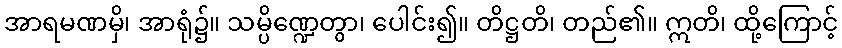
အာရမဏမှိ၊ အာရုံ၌။ သမ္ပိဏ္ဍေတွာ၊ ပေါင်း၍။ တိဋ္ဌတိ၊ တည်၏။ ဣတိ၊ ထို့ကြောင့်